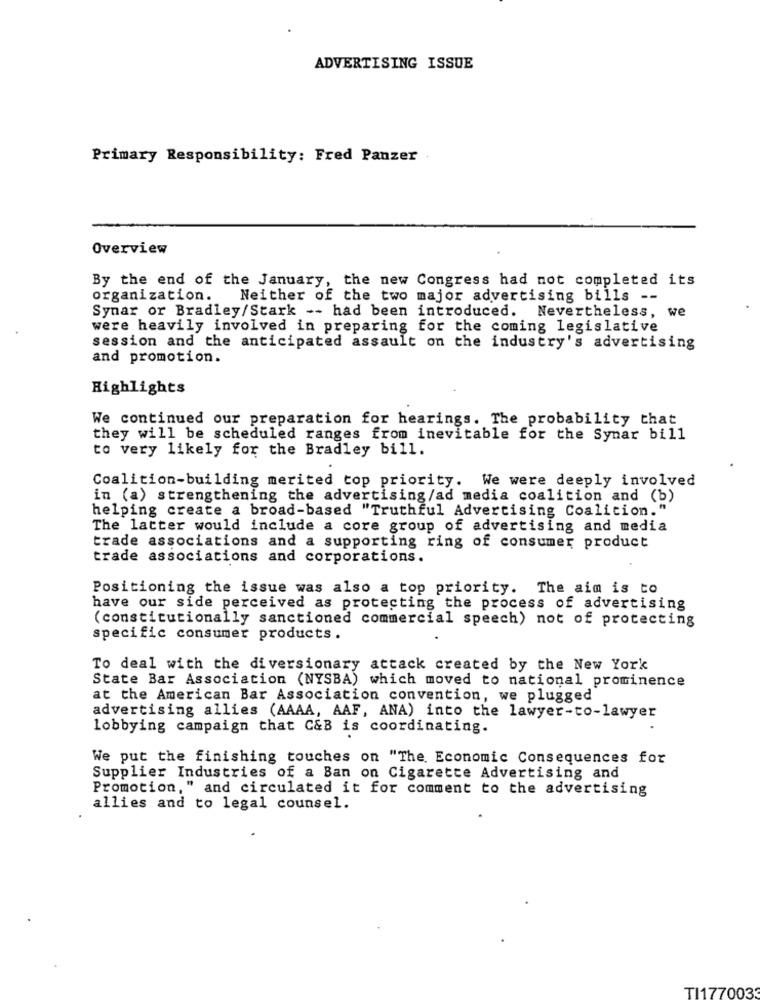
ADVERTISING ISSUE
Primary Responsibility: Fred Panzer
Overview
By the end of the January, the new Congress had not completed its
organization. Neither of the two major advertising bills --
Synar or Bradley/Stark -- had been introduced. Nevertheless, we
were heavily involved in preparing for the coming legislative
session and the anticipated assault on the industry's advertising
and promotion.
Highlights
We continued our preparation for hearings. The probability that
they will be scheduled ranges from inevitable for the Synar bill
to very likely for the Bradley bill.
Coalition-building merited top priority. We were deeply involved
in (a) strengthening the advertising/ad media coalition and (b)
helping create a broad-based "Truthful Advertising Coalition."
The latter would include a core group of advertising and media
trade associations and a supporting ring of consumer product
trade associations and corporations.
Positioning the issue was also a top priority. The aim is to
have our side perceived as protecting the process of advertising
(constitutionally sanctioned commercial speech) not of protecting
specific consumer products.
To deal with the diversionary attack created by the New York
State Bar Association (NYSBA) which moved to national prominence
at the American Bar Association convention, we plugged
advertising allies (AAAA, AAF, ANA) into the lawyer-to-lawyer
lobbying campaign that C&B is coordinating.
We put the finishing touches on "The Economic Consequences for
Supplier Industries of a Ban on Cigarette Advertising and
Promotion," and circulated it for comment to the advertising
allies and to legal counsel.
TI177003